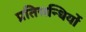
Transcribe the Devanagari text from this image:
प्रतिसन्धियों